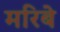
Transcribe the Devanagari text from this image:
मरिबे